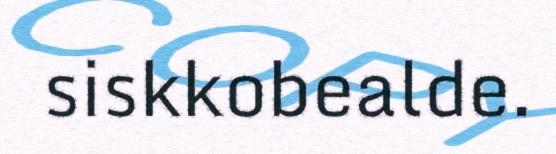
siskkobealde.